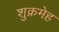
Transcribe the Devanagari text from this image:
शुक्रमेह